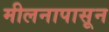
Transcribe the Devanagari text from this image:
मीलनापासून